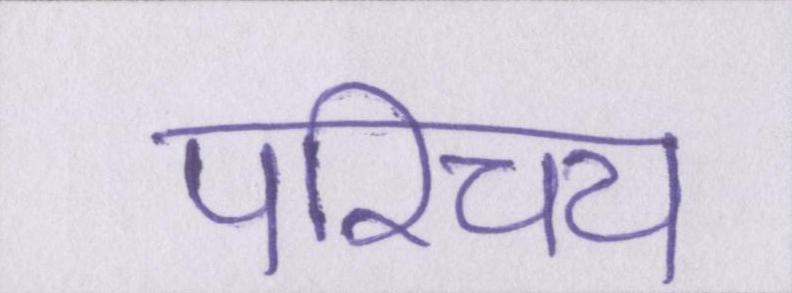
परिचय